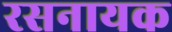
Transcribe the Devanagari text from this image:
रसनायक